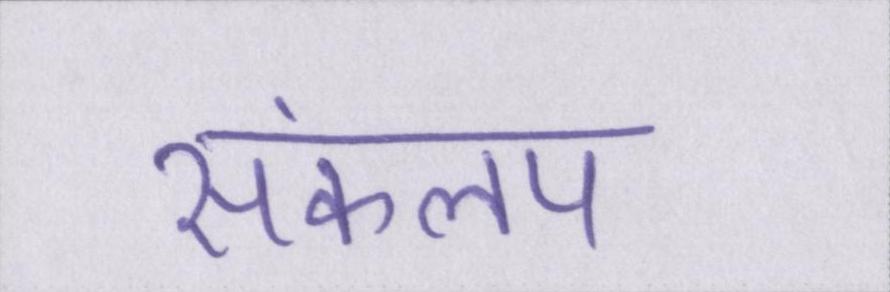
संकलक